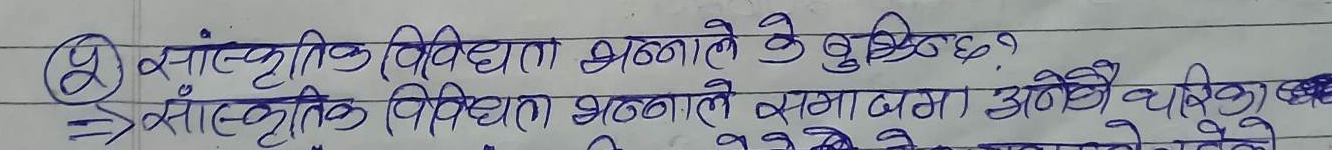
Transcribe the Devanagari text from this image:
२) सांस्कृतिक विविधता भन्नाले के बुभिन्छ?
3 सांस्कृतिक विविधता भन्नाले समाजमा अनेनै थरिका